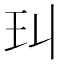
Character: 㺩